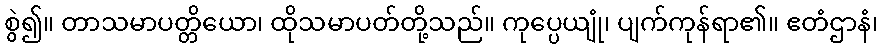
စွဲ၍။ တာသမာပတ္တိယော၊ ထိုသမာပတ်တို့သည်။ ကုပ္ပေယျုံ၊ ပျက်ကုန်ရာ၏။ ဧတံဌာနံ၊